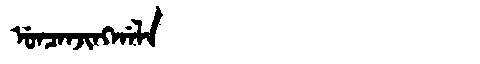
Manchu: ᡠᠨᠴᠠᠨᠵᡳᠩᡤᠠᠯᠠ
Romanization: UNCANJINGGALA